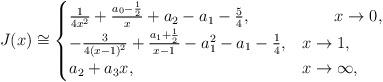
LaTeX: \begin{align*}\begin{aligned}J(x)\cong\begin{cases} \frac{1}{4x^2}+\frac{a_0-\frac{1}{2}}{x}+a_2-a_1-\frac{5}{4}, & \qquad x\rightarrow0,\\ -\frac{3}{4(x-1)^2}+\frac{a_1+\frac{1}{2}}{x-1}-a_1^2-a_1-\frac{1}{4}, & x\rightarrow1,\\ a_2+a_3 x,& x\rightarrow\infty,\end{cases}\end{aligned}\end{align*}